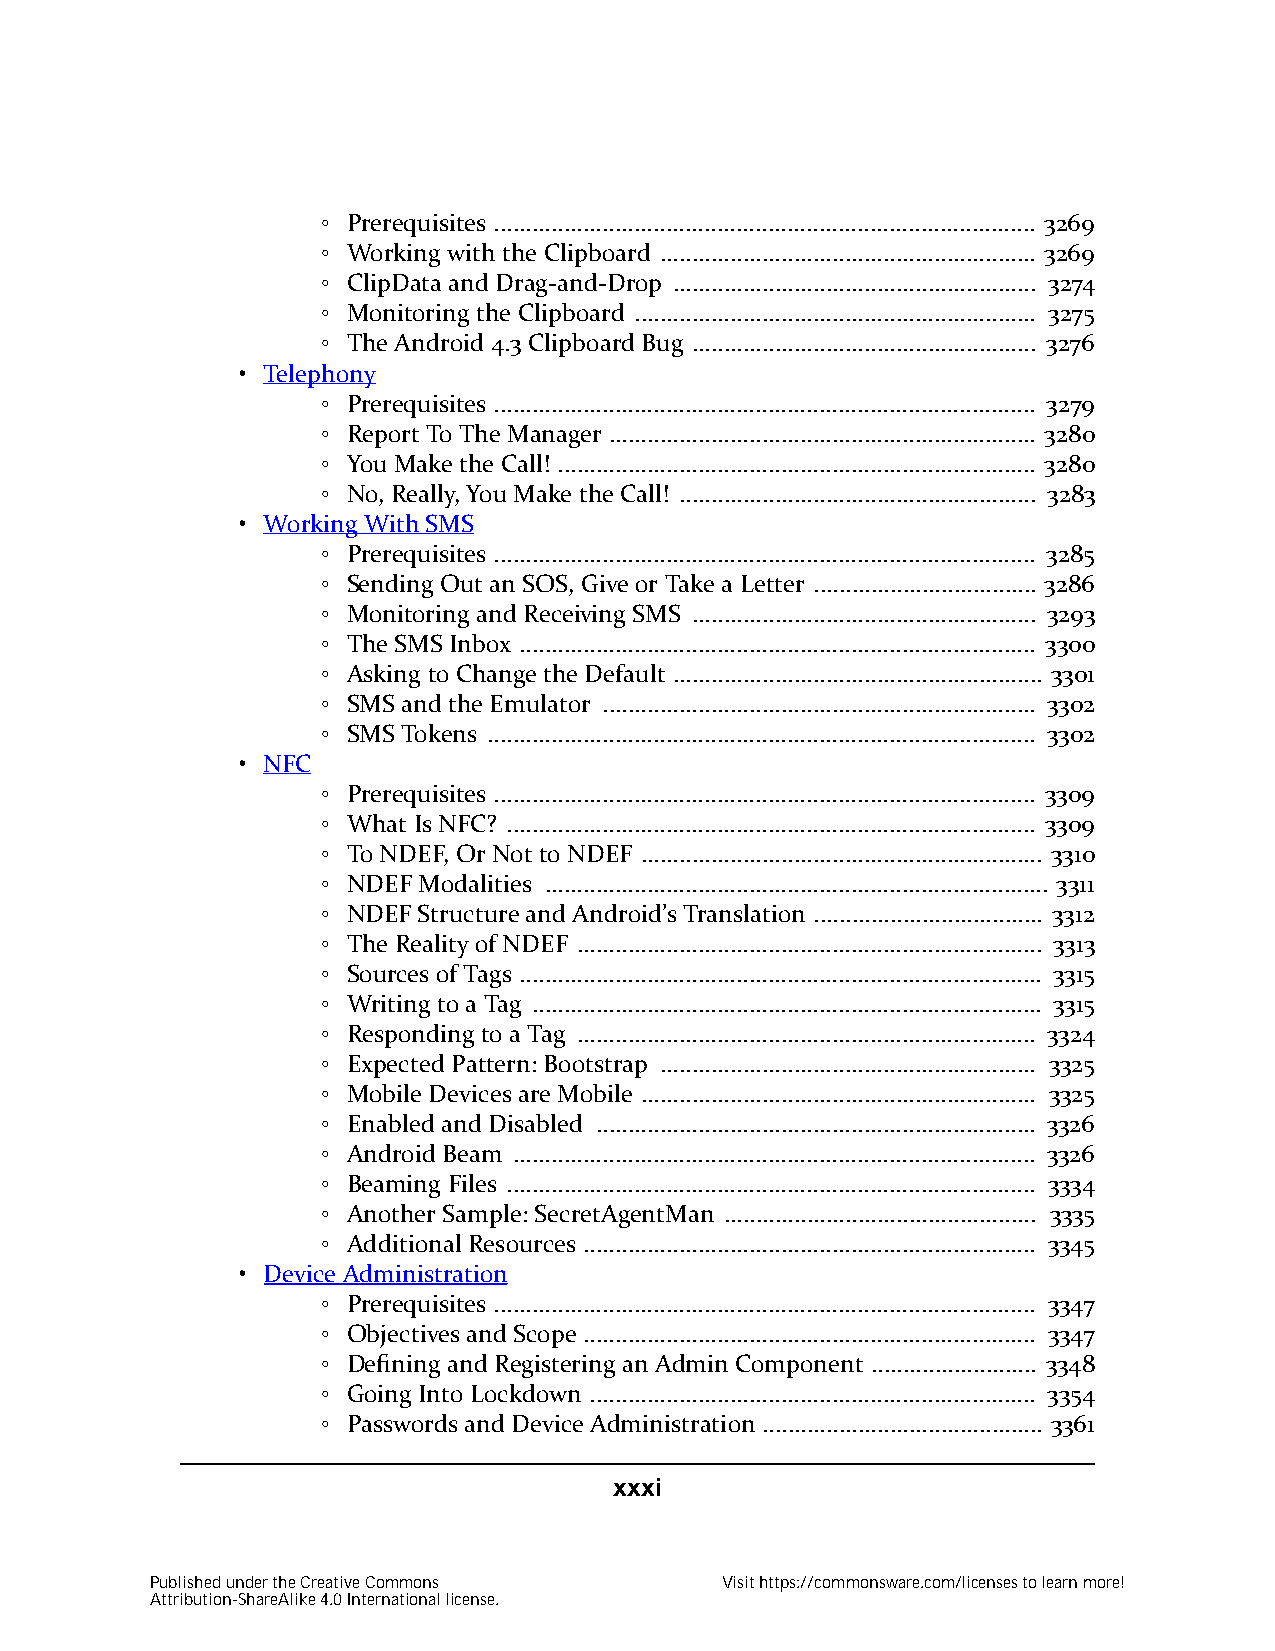
◦ Prerequisites ..................................................................................... 3269
 ◦ Working with the Clipboard ........................................................... 3269
 ◦ ClipData and Drag-and-Drop ......................................................... 3274
 ◦ Monitoring the Clipboard ............................................................... 3275
 ◦ The Android 4.3 Clipboard Bug ...................................................... 3276
 • Telephony
 ◦ Prerequisites ..................................................................................... 3279
 ◦ Report To The Manager ................................................................... 3280
 ◦ You Make the Call! ........................................................................... 3280
 ◦ No, Really, You Make the Call! ........................................................ 3283
 • Working With SMS
 ◦ Prerequisites ..................................................................................... 3285
 ◦ Sending Out an SOS, Give or Take a Letter ................................... 3286
 ◦ Monitoring and Receiving SMS ...................................................... 3293
 ◦ The SMS Inbox ................................................................................. 3300
 ◦ Asking to Change the Default .......................................................... 3301
 ◦ SMS and the Emulator .................................................................... 3302
 ◦ SMS Tokens ...................................................................................... 3302
 • NFC
 ◦ Prerequisites ..................................................................................... 3309
 ◦ What Is NFC? ................................................................................... 3309
 ◦ To NDEF, Or Not to NDEF ............................................................... 3310
 ◦ NDEF Modalities ............................................................................... 3311
 ◦ NDEF Structure and Android’s Translation .................................... 3312
 ◦ The Reality of NDEF ......................................................................... 3313
 ◦ Sources of Tags .................................................................................. 3315
 ◦ Writing to a Tag ................................................................................ 3315
 ◦ Responding to a Tag ........................................................................ 3324
 ◦ Expected Pattern: Bootstrap ........................................................... 3325
 ◦ Mobile Devices are Mobile .............................................................. 3325
 ◦ Enabled and Disabled ..................................................................... 3326
 ◦ Android Beam .................................................................................. 3326
 ◦ Beaming Files ................................................................................... 3334
 ◦ Another Sample: SecretAgentMan ................................................. 3335
 ◦ Additional Resources ....................................................................... 3345
 • Device Administration
 ◦ Prerequisites ..................................................................................... 3347
 ◦ Objectives and Scope ....................................................................... 3347
 ◦ Defining and Registering an Admin Component .......................... 3348
 ◦ Going Into Lockdown ...................................................................... 3354
 ◦ Passwords and Device Administration ............................................ 3361
 xxxi
 Published under the Creative Commons  Visit https://commonsware.com/licenses to learn more!
 Attribution-ShareAlike 4.0 International license.